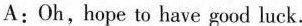
A:Oh,hope to have good luck.